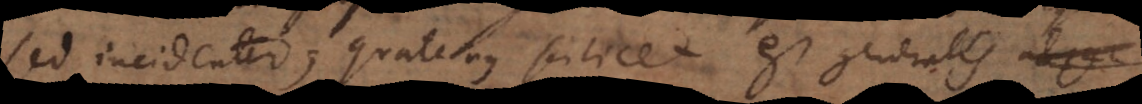
sed incidenter; quatenus scilicet est generalis